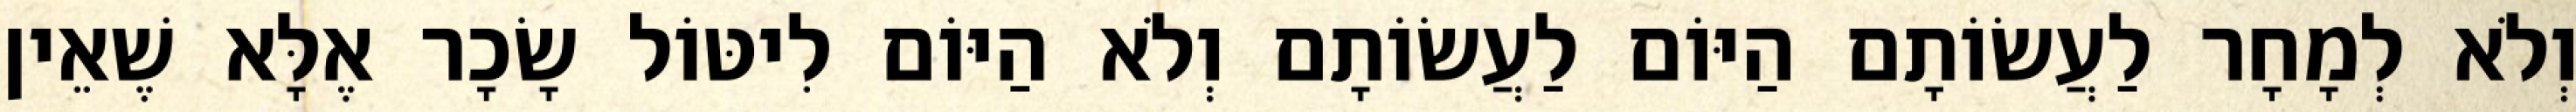
וְלֹא לְמָחָר לַעֲשׂוֹתָם הַיּוֹם לַעֲשׂוֹתָם וְלֹא הַיּוֹם לִיטּוֹל שָׂכָר אֶלָּא שֶׁאֵין